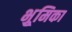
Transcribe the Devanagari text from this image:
भूुमिका